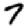
Digit: 7